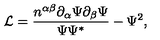
\mathcal { L } = \frac { n ^ { \alpha \beta } \partial _ { \alpha } \Psi \partial _ { \beta } \Psi } { \Psi \Psi ^ { * } } - \Psi ^ { 2 } ,